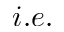
i . e .